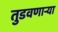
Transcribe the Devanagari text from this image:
तुडवणाऱ्या